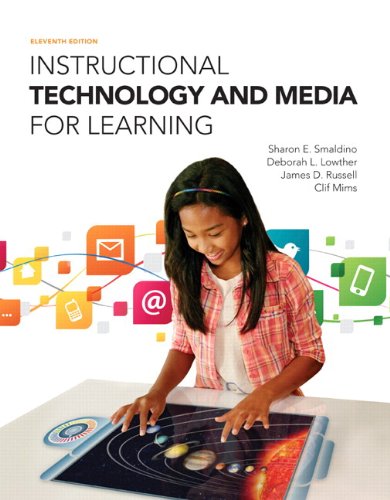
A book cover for Instructional Technology and Media for Learning, Enhanced Pearson eText with Loose-Leaf Version -- Access Card Package (11th Edition); Sharon E. Smaldino; Education & Teaching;